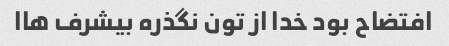
افتضاح بود خدا از تون نگذره بیشرف هاا